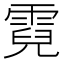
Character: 霓